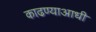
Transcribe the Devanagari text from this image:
काढण्याआधी